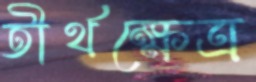
তীর্থক্ষেত্র